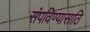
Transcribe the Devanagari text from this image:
संपविण्यासाठि